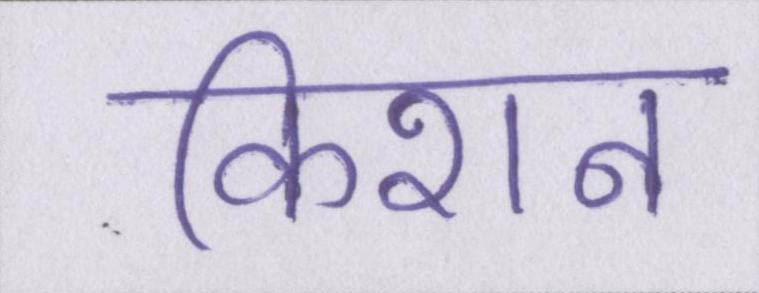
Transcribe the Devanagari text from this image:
किशन